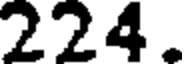
224.